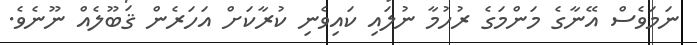
ނަމަވެސް އޭނާގެ މަންމަގެ ރުހުމާ ނުލައި ކައިވެނި ކުރާކަށް އަހަރެން ޤަބޫލެއް ނޫނެވެ.